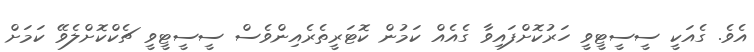
އެވެ. ގެއަކީ ސީސީޓީވީ ހަރުކޮށްފައިވާ ގެއެއް ކަމުން ކޮޓަރީތެރެއިންވެސް ސީސީޓީވީ ޗެކްކޮށްލެވޭ ކަމަށް